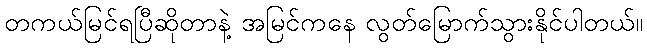
တကယ်မြင်ရပြီဆိုတာနဲ့ အမြင်ကနေ လွတ်မြောက်သွားနိုင်ပါတယ်။